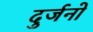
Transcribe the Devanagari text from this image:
दुर्जनो